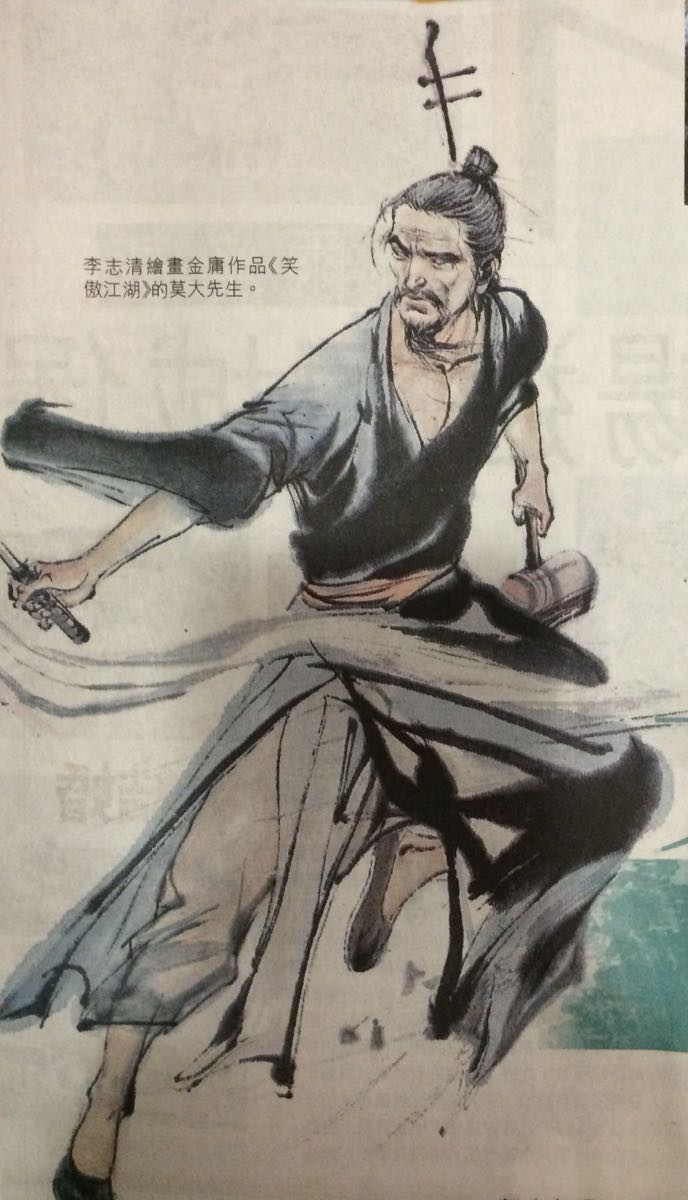
知莫大乎弃疑，行莫大乎无过，事莫大乎无悔。